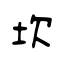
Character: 坎